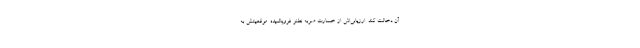
آن دخالت کند. ارزیابی‌اش از خسارت ضربه نطنز فروپاشیده. موقعیتش به